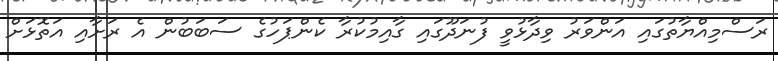
ރަސްމިއްޔާތުގައި އަންވަރު ވިދާޅުވީ ފުނަދޫގައި ގާއިމުކުރާ ކެންޕަހުގެ ސަބަބުން އެ ރަށާއި އަތޮޅަށް